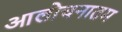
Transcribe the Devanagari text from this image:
आलोचनातम